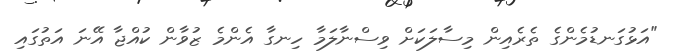
"އަޅުގަނޑުމެންގެ ތެރެއިން މިސާލަކަށް ވިސްނާލަމާ ހިނގާ އެންމެ ޒުވާން ކުއްޖާ އޭނަ އަތުގައި